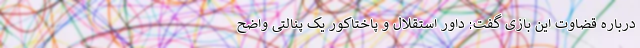
درباره قضاوت این بازی گفت: داور استقلال و پاختاکور یک پنالتی واضح